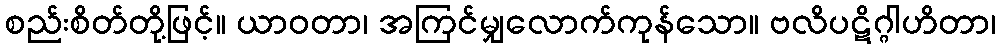
စည်းစိတ်တို့ဖြင့်။ ယာဝတာ၊ အကြင်မျှလောက်ကုန်သော။ ဗလိပဋိဂ္ဂါဟိတာ၊